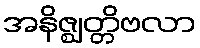
အနိဇ္ဈတ္တိဗလာ